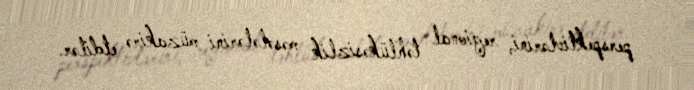
perspektivlərini, regional təhlükəsizlik məsələlərini müzakirə etdilər.